Tartu_linna_vaeslastekohus, lk 35
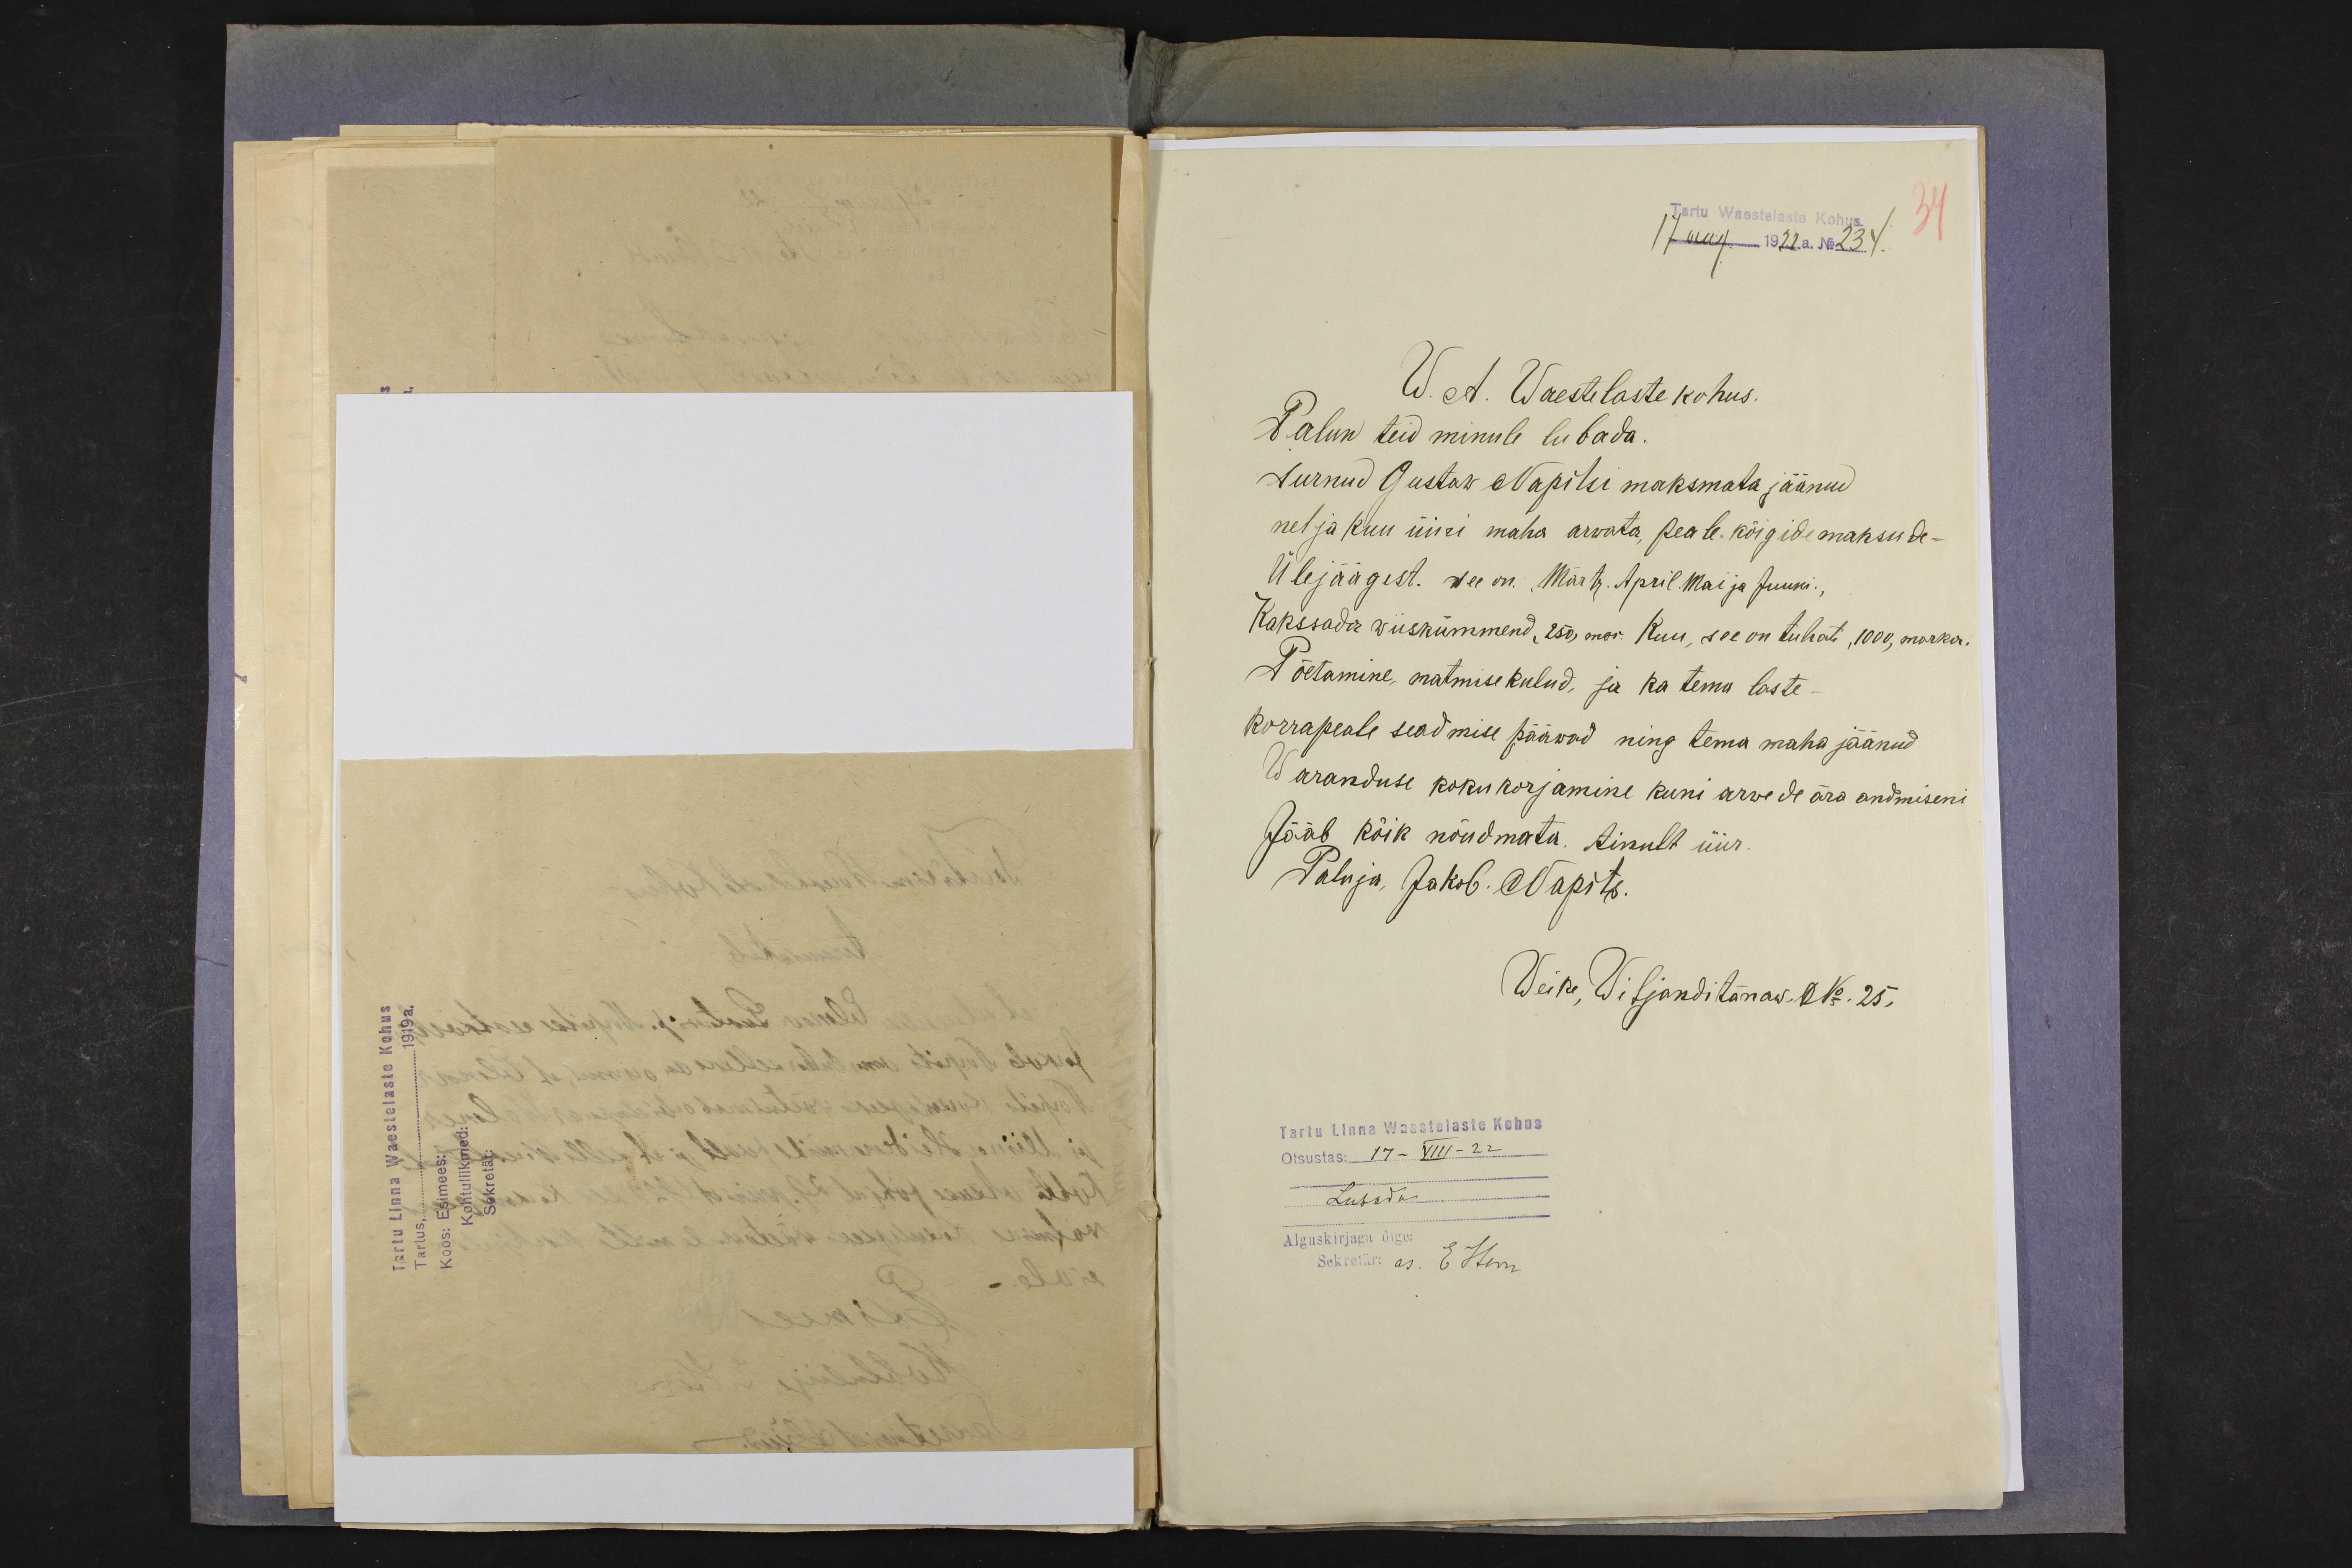
Tartu Waestelaste Kohus
34
17aug 1922a. No 234.
W. A. Waestelaste kohus.
Palun teid minule lubada.
Surnud Gustaw Napitsi maksmata jäänud
nelja kuu üüri maha arwata, peale kõigide maksude -
Ülejäägist. see on: „Märts. April. Mai ja Juuni.,
Kakssada wiiskümmend, 250, mar. Kuu, see on tuhat, 1000, marka.
Põetamine, matmise kulud, ja ka tema laste -
korrapeale seadmise pääwad ning tema maha jäänud
Waranduse kokukorjamine kuni arwede ära andmiseni
Jääb kõik nõudmata. Ainult üür.
Paluja, Jakob. Napits.
Weike, Viljandi tänaw, No. 25.
Tartu Linna Waestelaste Kohus
Otsustas: 17 - VIII - 22
Lubada
Alguskirjaga õige:
Sekretäri as. E Stern